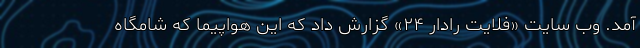
آمد. وب سایت «فلایت رادار ۲۴» گزارش داد که این هواپیما که شامگاه